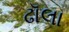
ઢૉલા